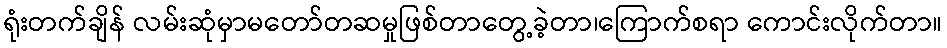
ရုံးတက်ချိန် လမ်းဆုံမှာမတော်တဆမှုဖြစ်တာတွေ့ခဲ့တာ၊ကြောက်စရာ ကောင်းလိုက်တာ။